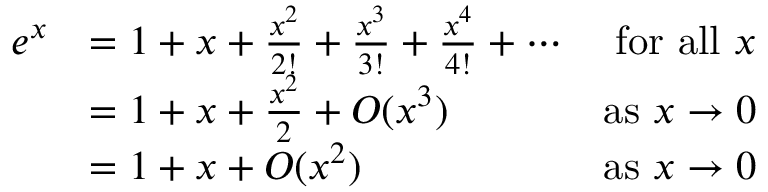
{ \begin{array} { r l r } { e ^ { x } } & { = 1 + x + { \frac { x ^ { 2 } } { 2 ! } } + { \frac { x ^ { 3 } } { 3 ! } } + { \frac { x ^ { 4 } } { 4 ! } } + \dotsb } & { { \mathrm { f o r ~ a l l ~ } } x } \\ & { = 1 + x + { \frac { x ^ { 2 } } { 2 } } + O ( x ^ { 3 } ) } & { { \mathrm { a s ~ } } x \to 0 } \\ & { = 1 + x + O ( x ^ { 2 } ) } & { { \mathrm { a s ~ } } x \to 0 } \end{array} }